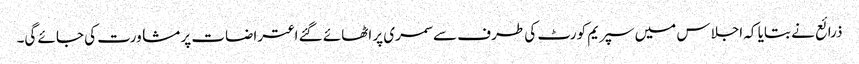
ذرائع نے بتایا کہ اجلاس میں سپریم کورٹ کی طرف سے سمری پر اٹھائے گئے اعتراضات پر مشاورت کی جائے گی۔